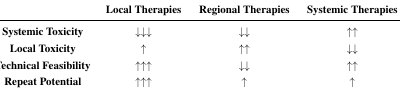
|  | Local Therapies | Regional Therapies | Systemic Therapies |
 | --- | --- | --- | --- |
 | Systemic Toxicity | ↓↓↓ | ↓↓ | ↑↑ |
 | Local Toxicity | ↑ | ↑↑ | ↓↓ |
 | Technical Feasibility | ↑↑↑ | ↓↓ | ↑↑ |
 | Repeat Potential | ↑↑↑ | ↑ | ↑ |